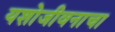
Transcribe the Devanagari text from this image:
यशोजीवनाचा